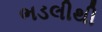
ભડલીથી